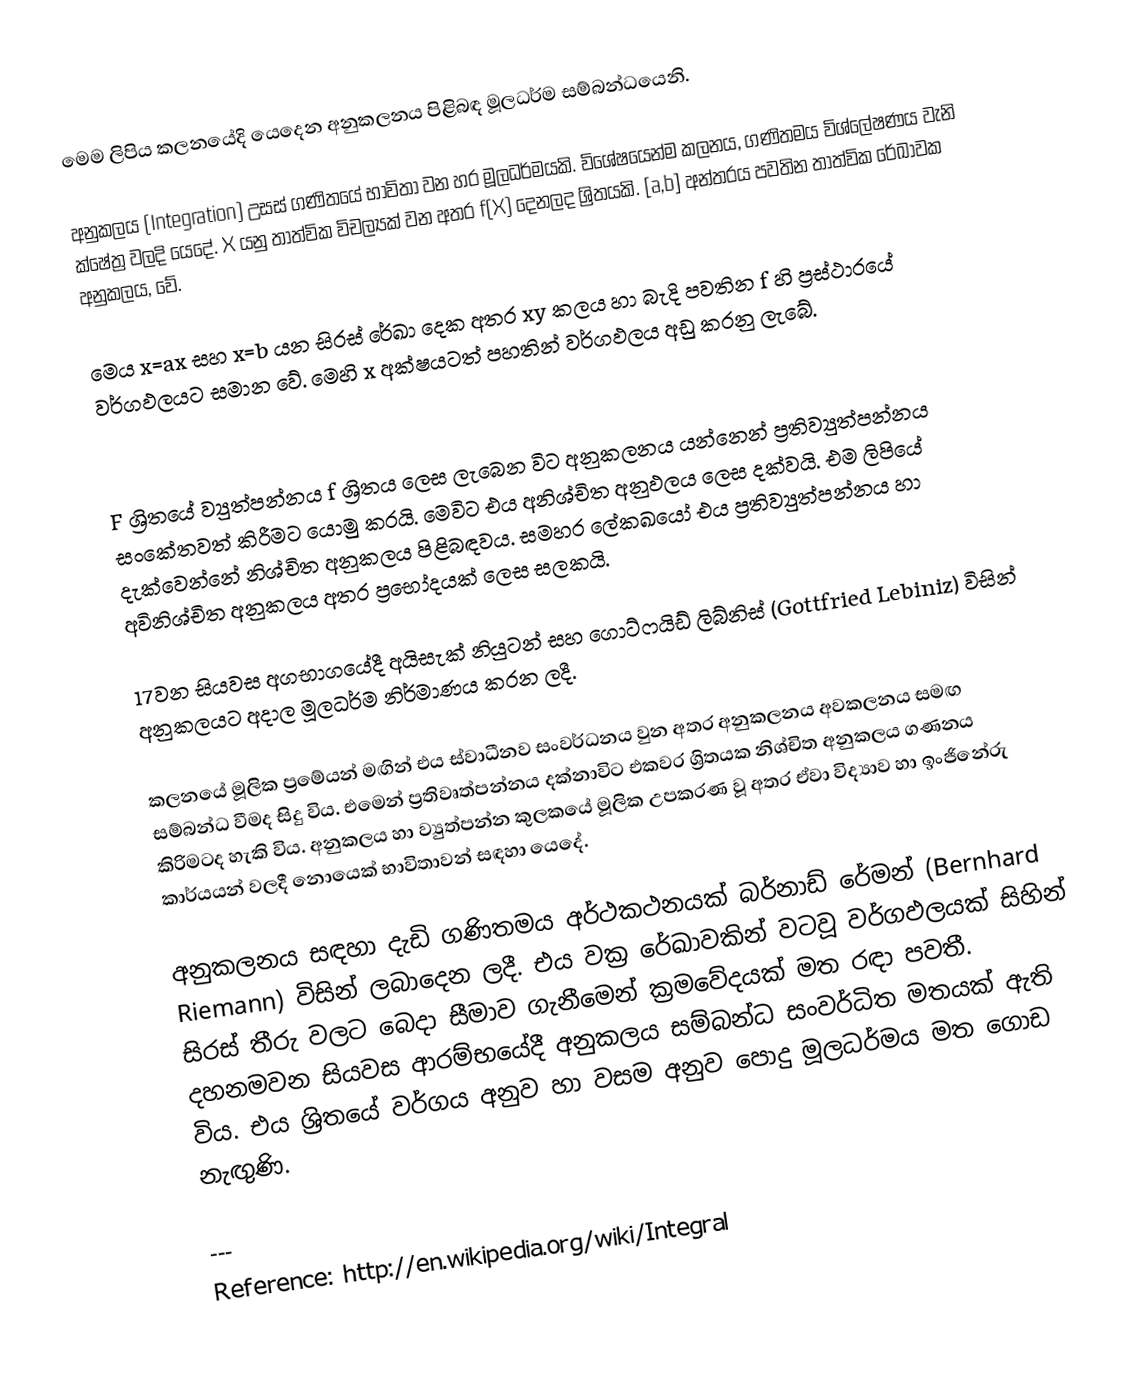
මෙම ලිපිය කලනයේදි යෙදෙන අනුකලනය පිළිබඳ ‍මූලධර්ම සම්බන්ධයෙනි.

අනුකලය (Integration) උසස් ගණිතයේ භාවිතා වන හර මූලධර්මයකි.  විශේෂ‍යෙන්ම කලනය, ගණිතමය විශ්ලේෂණය වැනි ‍ක්ෂේත්‍ර වලදි යෙදේ.  X යනු තාත්වික විචල්‍යක් වන අතර f(X) දෙනලද ශ්‍රිතයකි.  [a,b] අන්තරය පවතින තාත්වික රේඛාවක අනුකලය, වේ.

මෙය x=ax සහ x=b යන සිරස් රේඛා දෙක අතර xy කලය හා බැදි පවතින f හි ප්‍රස්ථාරයේ වර්ගඵලයට සමාන වේ.  මෙහි x අක්ෂයටත් පහතින් වර්ගඵලය අඩු කරනු ලැබේ.

F ශ්‍රිතයේ ව්‍යුත්පන්නය f ශ්‍රිතය ලෙස ලැබෙන විට අනුකලනය යන්නෙන් ප්‍රතිව්‍යුත්පන්නය සංකේතවත් කිරීමට යොමු කරයි.  මෙවිට එය අනිශ්චිත අනුඵලය ලෙස දක්වයි.  එම ලිපියේ දැක්වෙන්නේ නිශ්චිත අනුකලය පිළිබඳවය.  සමහර ලේකඛයෝ එය ප්‍රතිව්‍යුත්පන්නය හා අවිනිශ්චිත අනුකලය අතර ප්‍රභෝදයක් ලෙස සලකයි.

17වන සියවස අගභාගයේදී අයිසැක් නියුටන් සහ ගොට්ෆයිඩ් ලිබ්නිස් (Gottfried Lebiniz) විසින් අනුකලයට අදාල මූලධර්ම නිර්මාණය කරන ලදී.

කලනයේ මූලික ප්‍රමේයන් මඟින් එය ස්වාධීනව සංවර්ධනය වුන අතර අනුකලනය අවකලනය සමඟ සම්බන්ධ වීමද සිදු විය.  එමෙන් ප්‍රතිවෘත්පන්නය දක්නාවිට එකවර ශ්‍රිතයක නිශ්චිත අනුකලය ගණනය කිරිමටද හැකි විය.  අනුකලය හා ව්‍යුත්පන්න කුලකයේ මූලික උපකරණ වූ අතර ඒවා විද්‍යාව හා ඉංජිනේරු කාර්යයන් වලදී‍ නොයෙක් භාවිතාවන් සඳහා යෙදේ.

අනුකලනය සඳහා දැඩි ගණිතමය අර්ථකථනයක් බර්නාඩ් රේමන් (Bernhard Riemann) විසින් ලබාදෙන ලදී.  එය වක්‍ර රේඛාවකින් වටවූ වර්ගඵලයක් සිහින් සිරස් තීරු වලට බෙදා සීමාව ගැනීමෙන් ක්‍රමවේදයක් මත රඳා පවතී.  දහනමවන සියවස ආරම්භයේදී අනුකලය සම්බන්ධ සංවර්ධිත මතයක් ඇති විය.  එය ශ්‍රිතයේ වර්ගය අනුව හා වසම අනුව පොදු මූලධර්මය මත ගොඩ නැඟුණි.

---
Reference: http://en.wikipedia.org/wiki/Integral